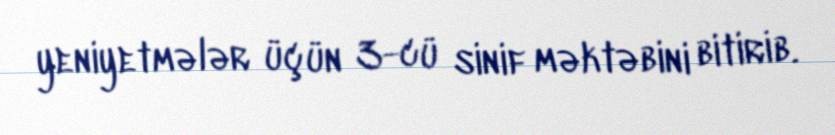
yeniyetmələr üçün 3-cü sinif məktəbini bitirib.